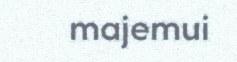
majemui